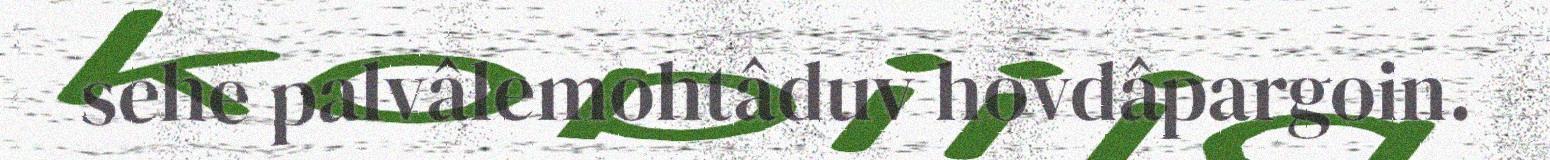
sehe palvâlemohtâduv hovdâpargoin.